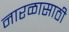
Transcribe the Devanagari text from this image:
नारळासाठी